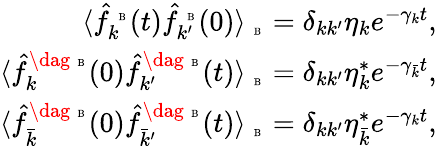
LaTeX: \begin{array}{r}{\langle\hat{f}_{k}^{\mathrm{~\tiny~B~}}(t)\hat{f}_{k^{\prime}}^{\mathrm{~\tiny~B~}}(0)\rangle_{\mathrm{~\tiny~B~}}=\delta_{kk^{\prime}}\eta_{k}e^{-\gamma_{k}t},}\\ {\langle\hat{f}_{k}^{\dag\mathrm{~\tiny~B~}}(0)\hat{f}_{k^{\prime}}^{\dag\mathrm{~\tiny~B~}}(t)\rangle_{\mathrm{~\tiny~B~}}=\delta_{kk^{\prime}}\eta_{k}^{*}e^{-\gamma_{\bar{k}}t},}\\ {\langle\hat{f}_{\bar{k}}^{\dag\mathrm{~\tiny~B~}}(0)\hat{f}_{\bar{k}^{\prime}}^{\dag\mathrm{~\tiny~B~}}(t)\rangle_{\mathrm{~\tiny~B~}}=\delta_{kk^{\prime}}\eta_{\bar{k}}^{*}e^{-\gamma_{k}t},}\end{array}